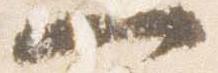
一